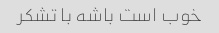
خوب است باشه با تشکر